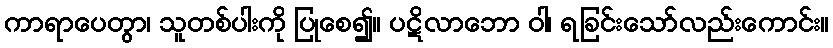
ကာရာပေတွာ၊ သူတစ်ပါးကို ပြုစေ၍။ ပဋိလာဘော ဝါ၊ ရခြင်းသော်လည်းကောင်း။